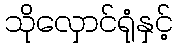
သိုလှောင်ရုံနှင့်